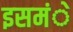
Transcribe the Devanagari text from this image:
इसमंे